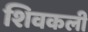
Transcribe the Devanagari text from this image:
शिवकली